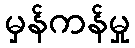
မှန်ကန်မှု